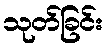
သုတ်ခြင်း